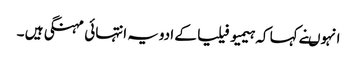
انہوںنے کہا کہ ہیمیو فیلیا کے ادویہ انتہائی مہنگی ہیں ۔